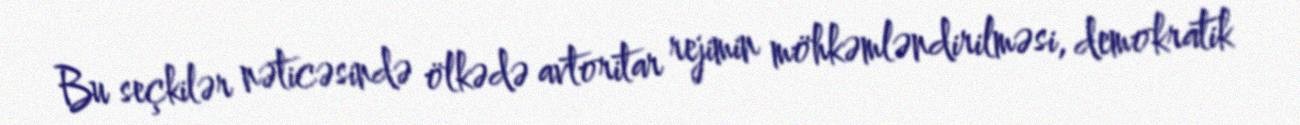
Bu seçkilər nəticəsində ölkədə avtoritar rejimin möhkəmləndirilməsi, demokratik